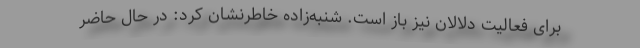
برای فعالیت دلالان نیز باز است. شنبه‌زاده خاطرنشان کرد: در حال حاضر